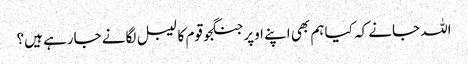
اللہ جانے کہ کیا ہم بھی اپنے اوپر جنگجو قوم کا لیبل لگانے جارہے ہیں؟